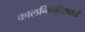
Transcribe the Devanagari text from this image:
कालनिर्णयाकडे